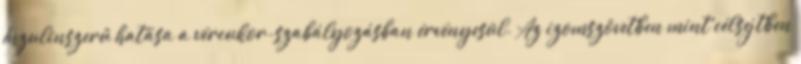
Inzulinszerű hatása a vércukor-szabályozásban érvényesül. Az izomszövetben mint célsejtben